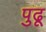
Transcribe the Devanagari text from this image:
पुढू